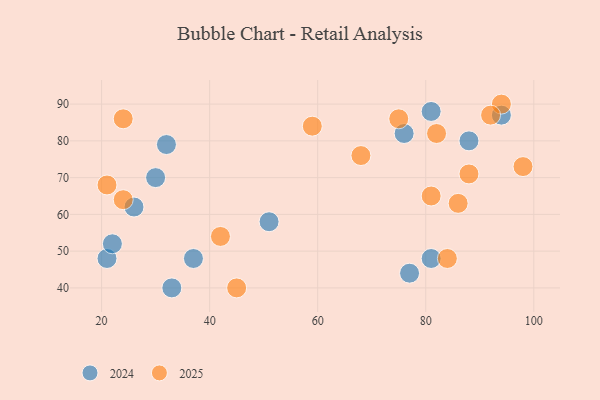
{"axis": {"x": "GDP", "y": "Life Expectancy"}, "legend": ["2024", "2025"], "data": [{"x": "21", "y": 48, "type": "2024"}, {"x": "26", "y": 62, "type": "2024"}, {"x": "33", "y": 40, "type": "2024"}, {"x": "88", "y": 80, "type": "2024"}, {"x": "22", "y": 52, "type": "2024"}, {"x": "76", "y": 82, "type": "2024"}, {"x": "30", "y": 70, "type": "2024"}, {"x": "51", "y": 58, "type": "2024"}, {"x": "37", "y": 48, "type": "2024"}, {"x": "32", "y": 79, "type": "2024"}, {"x": "81", "y": 48, "type": "2024"}, {"x": "77", "y": 44, "type": "2024"}, {"x": "94", "y": 87, "type": "2024"}, {"x": "81", "y": 88, "type": "2024"}, {"x": "88", "y": 71, "type": "2025"}, {"x": "21", "y": 68, "type": "2025"}, {"x": "24", "y": 86, "type": "2025"}, {"x": "98", "y": 73, "type": "2025"}, {"x": "94", "y": 90, "type": "2025"}, {"x": "42", "y": 54, "type": "2025"}, {"x": "86", "y": 63, "type": "2025"}, {"x": "24", "y": 64, "type": "2025"}, {"x": "59", "y": 84, "type": "2025"}, {"x": "75", "y": 86, "type": "2025"}, {"x": "81", "y": 65, "type": "2025"}, {"x": "84", "y": 48, "type": "2025"}, {"x": "68", "y": 76, "type": "2025"}, {"x": "45", "y": 40, "type": "2025"}, {"x": "92", "y": 87, "type": "2025"}, {"x": "82", "y": 82, "type": "2025"}]}